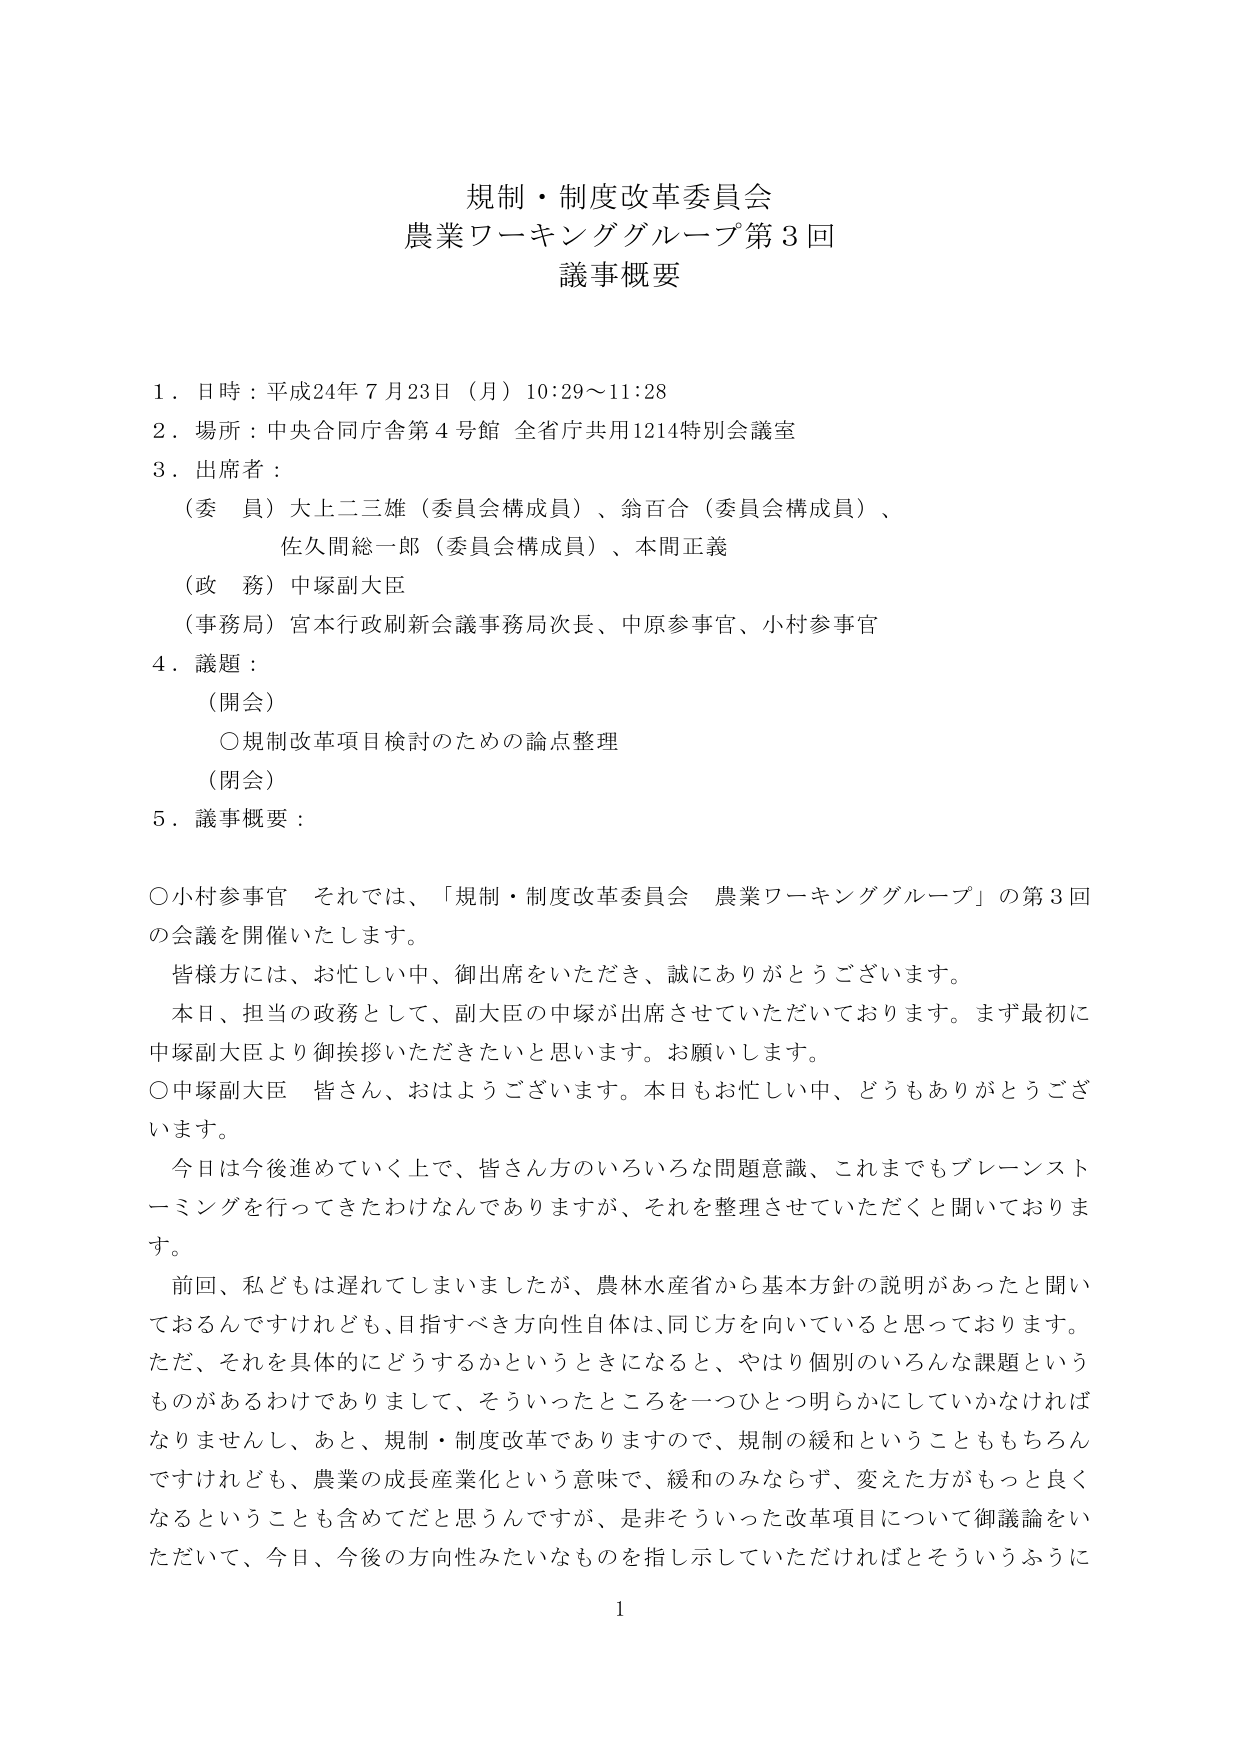
規制・制度改革委員会
農業ワーキンググループ第3回
議事概要

1．日時：平成24年7月23日（月）10:29～11:28
2．場所：中央合同庁舎第4号館 全省庁共用1214特別会議室
3．出席者：
　（委員）大上二三雄（委員会構成員）、翁百合（委員会構成員）、
　　　　　佐久間総一郎（委員会構成員）、本間正義
　（政務）中塚副大臣
　（事務局）宮本行政刷新会議事務局次長、中原参事官、小村参事官
4．議題：
　（開会）
　　○規制改革項目検討のための論点整理
　（閉会）
5．議事概要：

　○小村参事官　それでは、「規制・制度改革委員会 農業ワーキンググループ」の第3回
　の会議を開催いたします。
　　皆様方には、お忙しい中、御出席をいただき、誠にありがとうございます。
　　本日、担当の政務として、副大臣の中塚が出席させていただいております。まず最初に
　中塚副大臣より御挨拶いただきたいと思います。お願いします。
　○中塚副大臣　皆さん、おはようございます。本日もお忙しい中、どうもありがとうございます。
　　今日は今後進めていく上で、皆さん方のいろいろな問題意識、これまでもブレーンスト
　ーミングを行ってきたわけなんですが、それを整理させていただくと聞いておりま
　す。
　　前回、私どもは遅れてしまいましたが、農林水産省から基本方針の説明があったと聞い
　ておるんですけれども、目指すべき方向性自体は、同じ方を向いていると思っております。
　ただ、それを具体的にどうするかというときになると、やはり個別のいろんな課題という
　ものがあるわけでありますして、そういったところを一つひとつ明らかにしていかなければ
　なりませんし、あと、規制・制度改革でありますので、規制の緩和ということももちろん
　ですけれども、農業の成長産業化という意味で、緩和のみならず、変えた方がもっと良く
　なるということも含めてだと思うんですが、是非そういった改革項目について御議論をい
　ただいて、今日、今後の方向性みたいなものを指し示していただければとそういうふうに

1